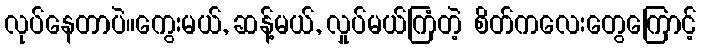
လုပ်နေတာပဲ။ကွေးမယ်, ဆန့်မယ်, လှုပ်မယ်ကြံတဲ့ စိတ်ကလေးတွေကြောင့်